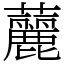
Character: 䕻